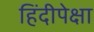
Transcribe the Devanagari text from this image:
हिंदीपेक्षा